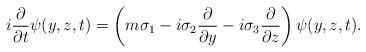
LaTeX: \begin{align*}i \frac {\partial}{\partial t} \psi (y, z, t) = \left( m \sigma_1-i \sigma_2 \frac {\partial}{\partial y}-i \sigma_3 \frac {\partial}{\partial z} \right) \psi (y, z, t).\end{align*}